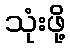
သုံးဖို့